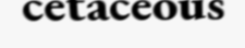
cetaceous